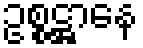
ဥစ္စဋ္ဌာနေ